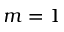
m = 1